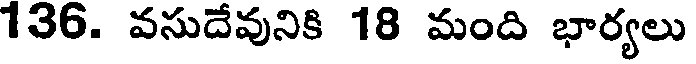
136. వసుదేవునికి 18 మంది భార్యలు